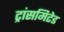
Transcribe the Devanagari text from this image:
ट्रांसमिटेड